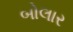
બોલાર